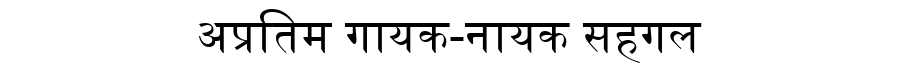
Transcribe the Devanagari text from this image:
अप्रतिम गायक-नायक सहगल